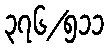
၃၇၆/၅၁၁